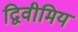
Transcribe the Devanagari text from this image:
द्विवीमिय